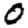
Digit: 0